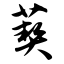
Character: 葜